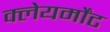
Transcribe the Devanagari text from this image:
क्लेयर्मोंट